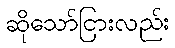
ဆိုသော်ငြားလည်း